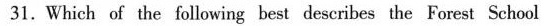
31.Which of the following best deseribes the Forest School